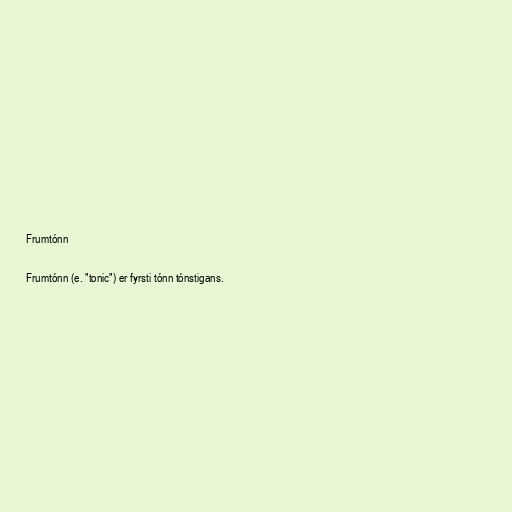
Frumtónn

Frumtónn (e. "tonic") er fyrsti tónn tónstigans.